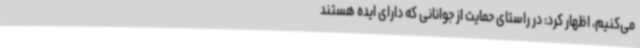
می‌کنیم، اظهار کرد: در راستای حمایت از جوانانی که دارای ایده هستند